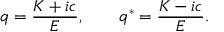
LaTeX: q = \frac { K + i c } { E } , ~ ~ ~ ~ ~ ~ q ^ { * } = \frac { K - i c } { E } .